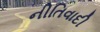
નીતિવાદી